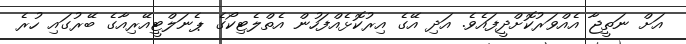
އަށް ނަތީޖާ އެއްވަރުކޮށްދީފައެވެ. އަދި އޭގެ އިރުކޮޅެއްފަހުން އެތްލެޓިކޯގެ ޕެނަލްޓީއޭރިއާގެ ބޭރުގައި ހުރެ